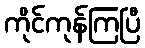
ကိုင်ကုန်ကြပြီ